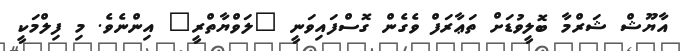
އާޔޫޝް ޝަރްމާ ބޮލީވުޑަށް ތަޢާރަފް ވެގެން ގޮސްފައިވަނީ "ލަވްޔާތްރީ" އިންނެވެ. މި ފިލްމަކީ